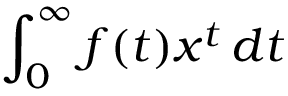
\int _ { 0 } ^ { \infty } f ( t ) x ^ { t } \, d t